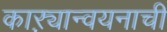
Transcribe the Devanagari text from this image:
काऱ्यान्वयनाची